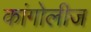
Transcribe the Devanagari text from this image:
कांगोलीज